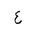
Letter: _ayn